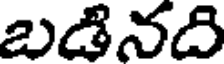
బడినది